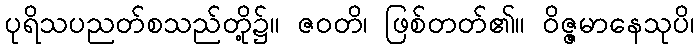
ပုရိသပညတ်စသည်တို့၌။ ဇဝတိ၊ ဖြစ်တတ်၏။ ဝိဇ္ဇမာနေသုပိ၊